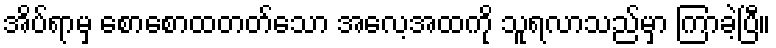
အိပ်ရာမှ စောစောထတတ်သော အလေ့အထကို သူရလာသည်မှာ ကြာခဲ့ပြီ။